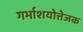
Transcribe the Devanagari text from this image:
गर्भाशयोत्तेजक